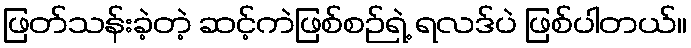
ဖြတ်သန်းခဲ့တဲ့ ဆင့်ကဲဖြစ်စဉ်ရဲ့ ရလဒ်ပဲ ဖြစ်ပါတယ်။